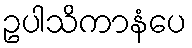
ဥပါသိကာနံပေ